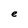
Character: e